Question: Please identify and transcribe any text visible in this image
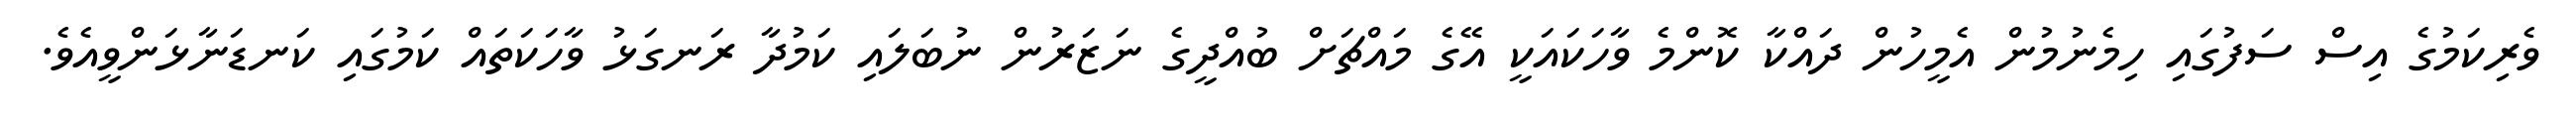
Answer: ވެރިކަމުގެ އިސް ސަފުގައި ހިމެނުމުން އެމީހުން ދައްކާ ކޮންމެ ވާހަކައަކީ އޭގެ މައްޗަށް ބުއްދީގެ ނަޒަރުން ނުބަލައި ކަމުދާ ރަނގަޅު ވާހަކަތައް ކަމުގައި ކަނޑަނާޅަންވީއެވެ.